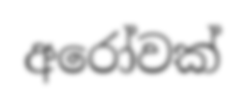
අරෝවක්